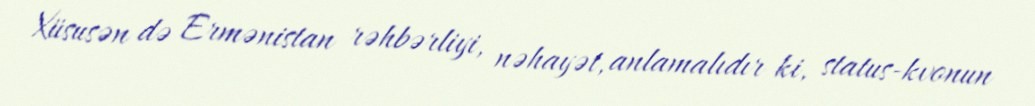
Xüsusən də Ermənistan rəhbərliyi, nəhayət, anlamalıdır ki, status-kvonun